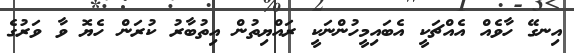
އިނގޭ ހާވެއް އެއްޗަކީ އެބައިމީހުންނަކީ ރައްޔިތުން އިތުބާރު ކުރަން ހެޔޮ ވާ ވަރުގެ